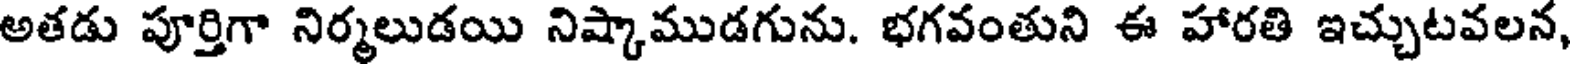
అతడు పూర్తిగా నిర్మలుడయి నిష్కాముడగును. భగవంతుని ఈ హారతి ఇచ్చుటవలన,